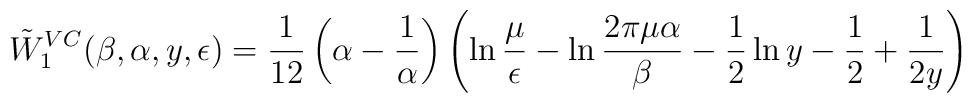
\tilde{W}_1^{VC}(\beta,\alpha,y,\epsilon)={1 \over12}\left(\alpha-{1 \over\alpha}\right)\left(\ln{\mu \over \epsilon}-\ln{2\pi\mu\alpha \over\beta}	- \frac 12 \ln y - \frac 12 +{1 \over 2y}\right)